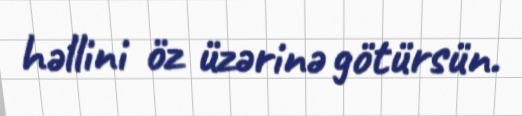
həllini öz üzərinə götürsün.